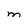
Character: M